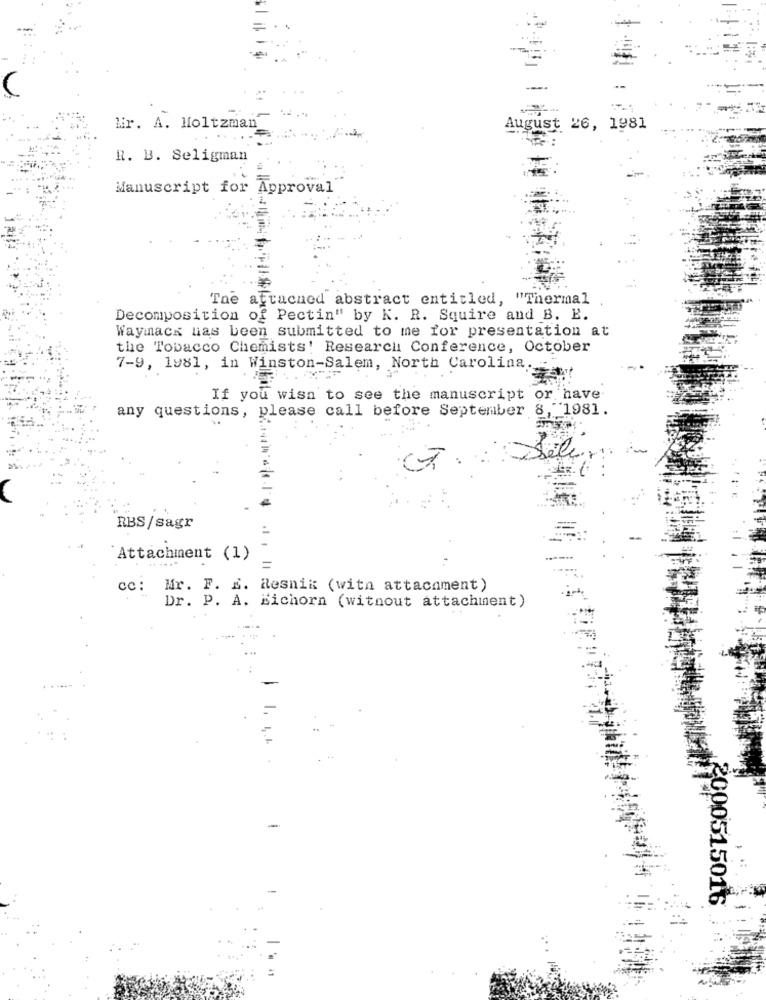
lir. A. Moltzman_
August 26, 1981
R. B. Seligman
Manuscript for Approval
The attached abstract entitled, "Thermal
Decomposition of Pectin" by K. R. Squire and B. E.
Waymack has been submitted to me for presentation at
the Tobacco Chemists' Research Conference, October
7-9, 1981, in Winston-Salem, North Carolina.
If you wish to see the manuscript or have
any questions, please call before September 8, 1981.
RBS/sagr
Attachment (1)
cc: Mr. F. E. Resnik (with attachment)
Dr. P. A. Eichorn (without attachment)
-
2000515016